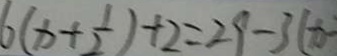
6 ( x + \frac { 1 } { 2 } ) + 2 = 2 9 - 3 ( x -